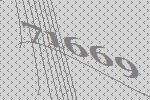
71669